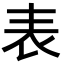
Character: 表